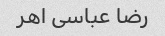
رضا عباسی اهر